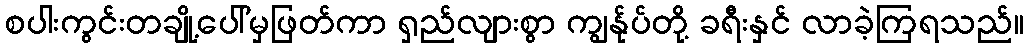
စပါးကွင်းတချို့ပေါ်မှဖြတ်ကာ ရှည်လျားစွာ ကျွန်ုပ်တို့ ခရီးနှင် လာခဲ့ကြရသည်။